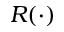
R ( \cdot )